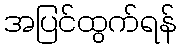
အပြင်ထွက်ရန်